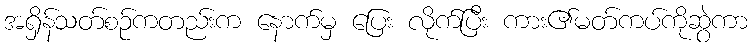
အရှိန်သတ်စဉ်ကတည်းက နောက်မှ ပြေး လိုက်ပြီး ကား၏မတ်ကပ်ကိုဆွဲကာ